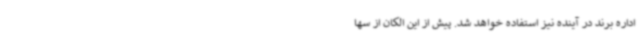
اداره برند در آینده نیز استفاده خواهد شد. پیش از این الکان از سها